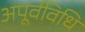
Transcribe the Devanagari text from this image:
अपूर्वविधि